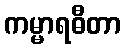
ကမ္မာရဓီတာ